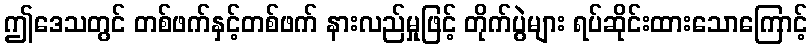
ဤဒေသတွင် တစ်ဖက်နှင့်တစ်ဖက် နားလည်မှုဖြင့် တိုက်ပွဲများ ရပ်ဆိုင်းထားသောကြောင့်